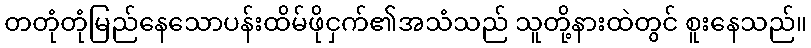
တတုံတုံမြည်နေသောပန်းထိမ်ဖိုငှက်၏အသံသည် သူတို့နားထဲတွင် စူးနေသည်။